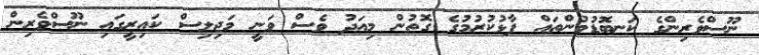
ނޫސްވެރިންގެ ކަނބޮޑުވުންތައް ފާޅުކުރުމުގެ ގޮތުން މިއަދު ވެސް ވަނީ މަޖިލިސް ކައިރީގައި ނޫސްވެރިން